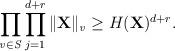
LaTeX: \begin{align*}\prod_{\mathit{v\in S}}\prod_{j=1}^{d+r}\Vert\mathbf{X}\Vert_\mathit{v}\geq H(\mathbf{X})^{d+r}.\end{align*}